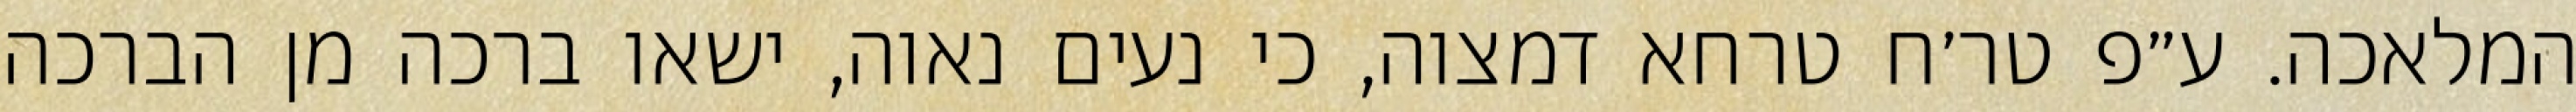
המלאכה. ע״פ טר׳ח טרחא דמצוה, כי נעים נאוה, ישאו ברכה מן הברכה